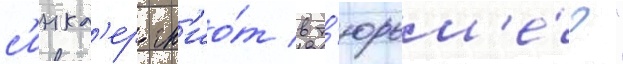
с'инкл'ер гн'ио́т в т'юрьм'е́?"